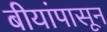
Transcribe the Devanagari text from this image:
बीयांपासून